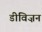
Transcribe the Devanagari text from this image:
डीविज़न